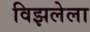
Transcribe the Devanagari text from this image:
विझलेला